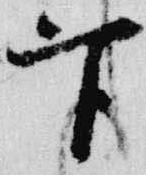
官